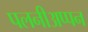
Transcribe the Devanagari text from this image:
पलनीअप्पन